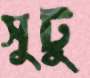
সুটু